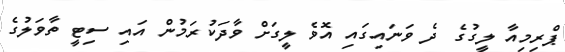
ޕްރިމިއާ ލީގުގެ ދެ ވަނައިގައި އޮވެ ލީގަށް ވާދަކުރަމުން އައި ސިޓީ ތާވަލުގެ